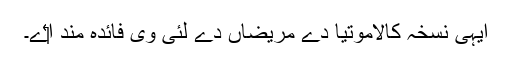
ایہی نسخہ کالاموتیا دے مریضاں دے لئی وی فائدہ مند ا‏‏ے۔